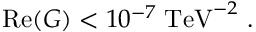
\mathrm { R e } ( G ) < 1 0 ^ { - 7 } \; \mathrm { T e V } ^ { - 2 } \ .